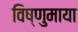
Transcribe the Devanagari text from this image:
विष्णुमाया